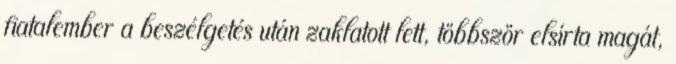
fiatalember a beszélgetés után zaklatott lett, többször elsírta magát,